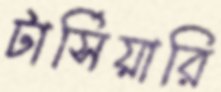
টার্সিয়ারি